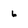
Character: 6